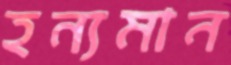
হন্যমান